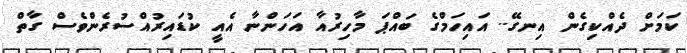
ކަމަށް ދެއްކިގެން އިނގޭ.. އައިހަމްގެ ބައްޕަ މާހިރުއާ އަހަންނާ އެއީ ކުޑައިރުއްސުރެންވެސް ގާތް